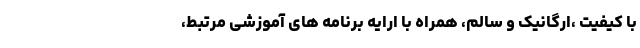
با کیفیت ،ارگانیک و سالم، همراه با ارایه برنامه های آموزشی مرتبط،